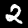
Label: 2